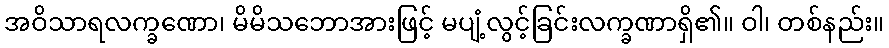
အဝိသာရလက္ခဏော၊ မိမိသဘောအားဖြင့် မပျံ့လွင့်ခြင်းလက္ခဏာရှိ၏။ ဝါ၊ တစ်နည်း။